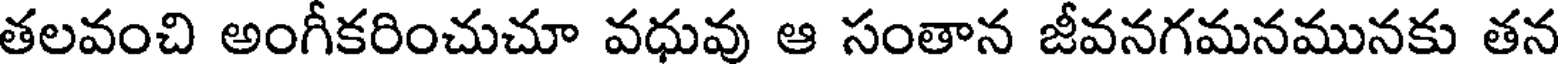
తలవంచి అంగీకరించుచూ వధువు ఆ సంతాన జీవనగమనమునకు తన